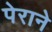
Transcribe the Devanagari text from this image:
पेराने